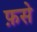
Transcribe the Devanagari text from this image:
फ़से